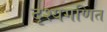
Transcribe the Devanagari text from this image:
दृश्यगणित